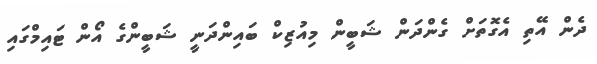
ދެން އޭތި އެގޮތަށް ގެންދަން ޝަބީން މިއުޒިކް ބައިންދަނީ ޝަބީންގެ އޯން ޓައިމްގައި